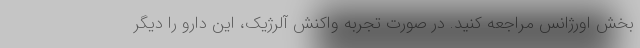
بخش اورژانس مراجعه کنید. در صورت تجربه واکنش آلرژیک، این دارو را دیگر